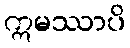
ဣမဿာပိ